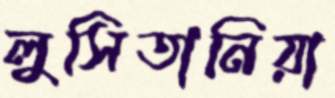
লুসিতানিয়া